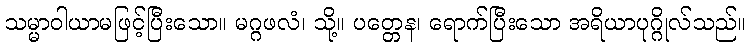
သမ္မာဝါယာမဖြင့်ပြီးသော။ မဂ္ဂဖလံ၊ သို့။ ပတ္တေန၊ ရောက်ပြီးသော အရိယာပုဂ္ဂိုလ်သည်။